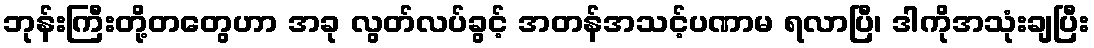
ဘုန်းကြီးတို့တတွေဟာ အခု လွတ်လပ်ခွင့် အတန်အသင့်ပဏာမ ရလာပြီ၊ ဒါကိုအသုံးချပြီး